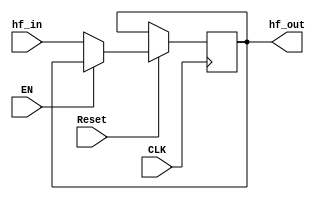
module hf_decompression_dynamic (
	input wire hf_in,
	output reg hf_out,

	input wire CLK,
	input wire EN,
	input wire Reset,
 );

// Length of overhead bits indicating length of huffman codes
parameter fixed_bit = 6; 
// This sets a restriction on the length of uncompressed info
// 2^6 = 64
// A length of compressed data will always be N bits
// where 1 < N <= 64

// For HW, solving for a dynamic compression length is HORRIBLEE
// So another day.

	always @ (posedge CLK or negedge Reset) begin
		if(~Reset) begin
			// Build the tree
			// Might need to have a unique code to say that the tree has begun

		end
		else if(~EN) begin
			// Pass data along as is, no decompression
			hf_out <= hf_in;
		end
		else begin
			// Decompress bitstream

		end
	end
endmodule